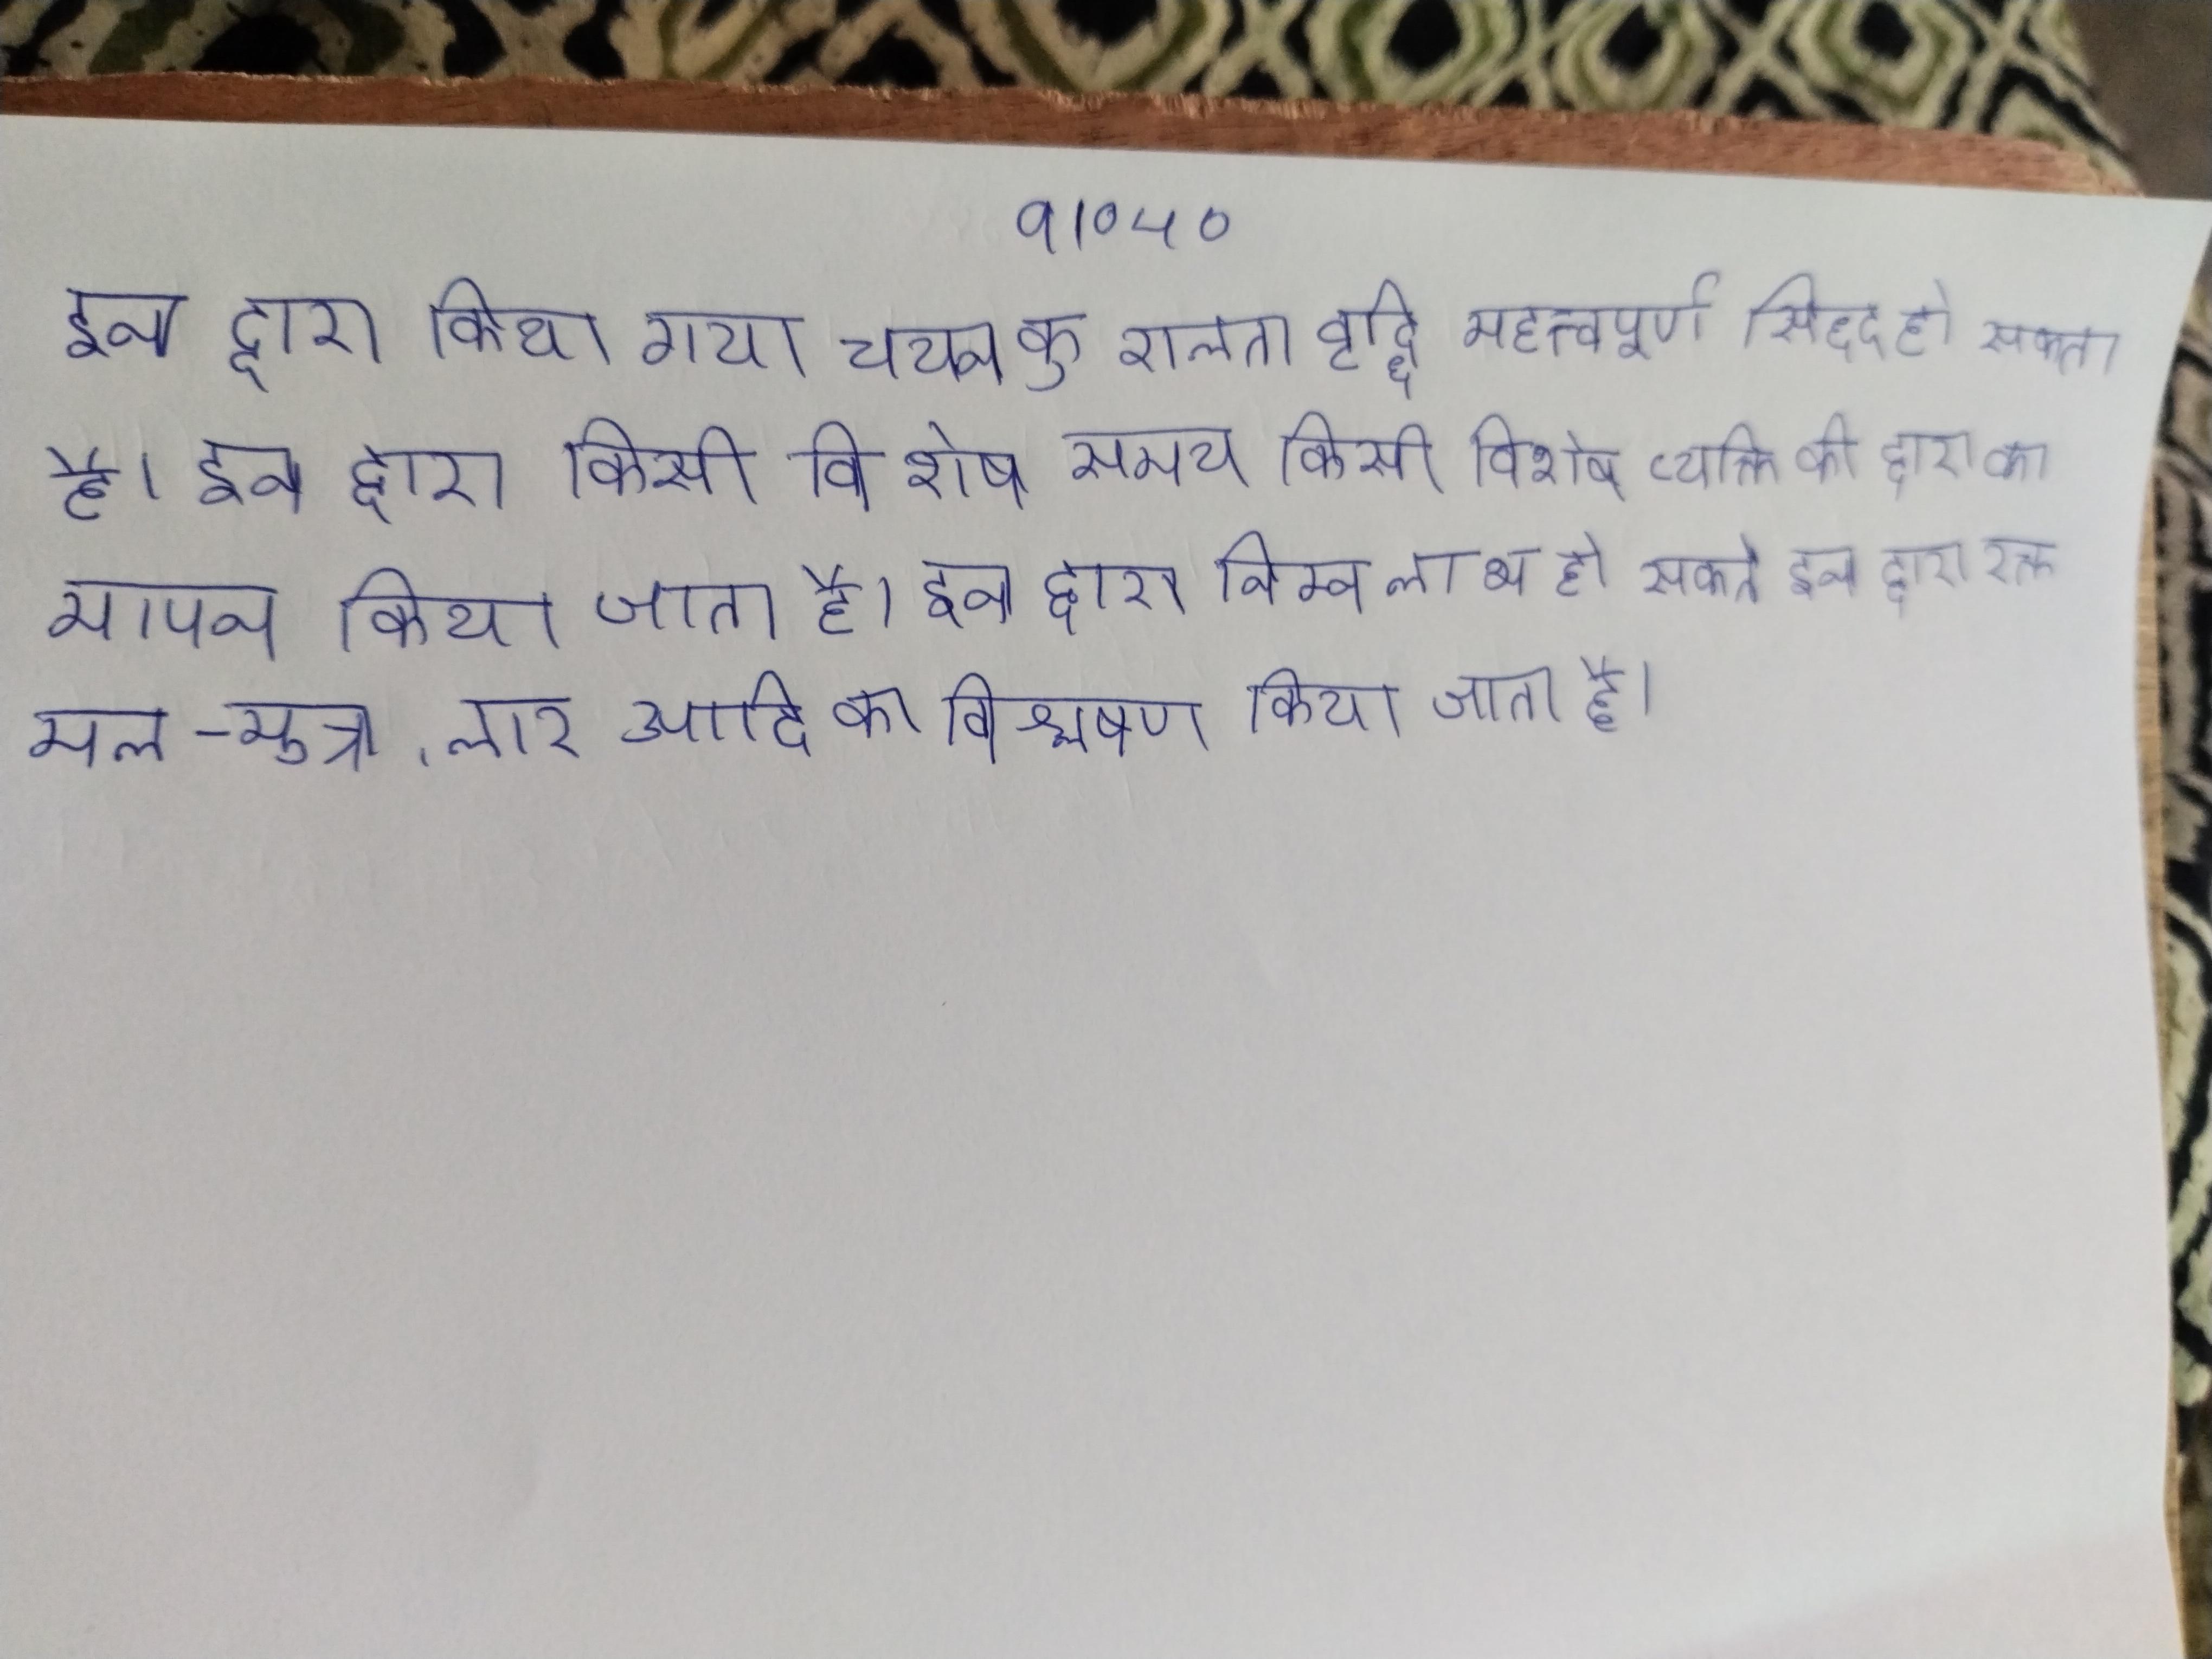
इन द्वारा किया गया चयन कुशलता वृद्धि महत्त्वपूर्ण सिद्ध हो सकता है । इन द्वारा किसी विशेष समय किसी विशेष व्यक्ति की द्वारा का मापन किया जाता है । इन द्वारा निम्न लाभ हो सकते इन द्वारा रक्त मल-मूत्र, लार आदि का विश्लेषण किया जाता है ।